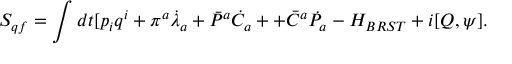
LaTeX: S _ { q f } = \int d t [ p _ { i } q ^ { i } + \pi ^ { a } \dot { \lambda } _ { a } + \bar { P } ^ { a } \dot { C } _ { a } + + \bar { C } ^ { a } \dot { P } _ { a } - H _ { B R S T } + i [ Q , \psi ] .